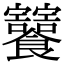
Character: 𩟸